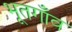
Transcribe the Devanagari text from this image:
भूतगाँव